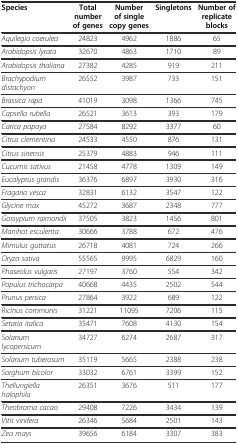
<table><thead><tr><td><b>Species</b></td><td><b>Total number of genes</b></td><td><b>Number of single copy genes</b></td><td><b>Singletons</b></td><td><b>Number of replicate blocks</b></td></tr></thead><tbody><tr><td><i>Aquilegia coerulea</i></td><td>24823</td><td>4962</td><td>1886</td><td>65</td></tr><tr><td><i>Arabidopsis lyrata</i></td><td>32670</td><td>4863</td><td>1710</td><td>89</td></tr><tr><td><i>Arabidopsis thaliana</i></td><td>27382</td><td>4285</td><td>919</td><td>211</td></tr><tr><td><i>Brachypodium distachyon</i></td><td>26552</td><td>3987</td><td>733</td><td>151</td></tr><tr><td><i>Brassica rapa</i></td><td>41019</td><td>3098</td><td>1366</td><td>745</td></tr><tr><td><i>Capsella rubella</i></td><td>26521</td><td>3613</td><td>393</td><td>179</td></tr><tr><td><i>Carica papaya</i></td><td>27584</td><td>8292</td><td>3377</td><td>60</td></tr><tr><td><i>Citrus clementina</i></td><td>24533</td><td>4550</td><td>876</td><td>131</td></tr><tr><td><i>Citrus sinensis</i></td><td>25379</td><td>4883</td><td>946</td><td>111</td></tr><tr><td><i>Cucumis sativus</i></td><td>21458</td><td>4778</td><td>1309</td><td>149</td></tr><tr><td><i>Eucalyptus grandis</i></td><td>36376</td><td>6897</td><td>3930</td><td>316</td></tr><tr><td><i>Fragaria vesca</i></td><td>32831</td><td>6132</td><td>3547</td><td>122</td></tr><tr><td><i>Glycine max</i></td><td>45272</td><td>3687</td><td>2348</td><td>777</td></tr><tr><td><i>Gossypium raimondii</i></td><td>37505</td><td>3823</td><td>1456</td><td>801</td></tr><tr><td><i>Manihot esculenta</i></td><td>30666</td><td>3788</td><td>672</td><td>476</td></tr><tr><td><i>Mimulus guttatus</i></td><td>26718</td><td>4081</td><td>724</td><td>266</td></tr><tr><td><i>Oryza sativa</i></td><td>55565</td><td>9995</td><td>6829</td><td>160</td></tr><tr><td><i>Phaseolus vulgaris</i></td><td>27197</td><td>3760</td><td>554</td><td>342</td></tr><tr><td><i>Populus trichocarpa</i></td><td>40668</td><td>4435</td><td>2502</td><td>544</td></tr><tr><td><i>Prunus persica</i></td><td>27864</td><td>3922</td><td>689</td><td>122</td></tr><tr><td><i>Ricinus communis</i></td><td>31221</td><td>11095</td><td>7206</td><td>115</td></tr><tr><td><i>Setaria italica</i></td><td>35471</td><td>7608</td><td>4130</td><td>154</td></tr><tr><td><i>Solanum lycopersicum</i></td><td>34727</td><td>6274</td><td>2687</td><td>317</td></tr><tr><td><i>Solanum tuberosum</i></td><td>35119</td><td>5665</td><td>2388</td><td>238</td></tr><tr><td><i>Sorghum bicolor</i></td><td>33032</td><td>6761</td><td>3399</td><td>152</td></tr><tr><td><i>Thellungiella halophila</i></td><td>26351</td><td>3676</td><td>511</td><td>177</td></tr><tr><td><i>Theobroma cacao</i></td><td>29408</td><td>7226</td><td>3434</td><td>139</td></tr><tr><td><i>Vitis vinifera</i></td><td>26346</td><td>5684</td><td>2501</td><td>143</td></tr><tr><td><i>Zea mays</i></td><td>39656</td><td>6184</td><td>3307</td><td>383</td></tr></tbody></table>